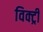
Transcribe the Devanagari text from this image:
विक्‍ट्री